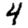
Digit: 4